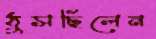
ঠুসছিলেন